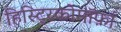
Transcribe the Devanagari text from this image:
हिस्ट्रिकोमॉर्फ़ा